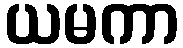
ယမကာ